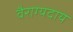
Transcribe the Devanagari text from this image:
वैराग्यदाय